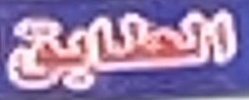
الطبابق